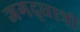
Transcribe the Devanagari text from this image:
जगद्‌धात्री